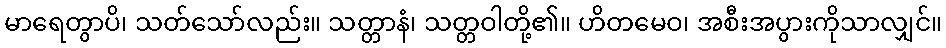
မာရေတွာပိ၊ သတ်သော်လည်း။ သတ္တာနံ၊ သတ္တဝါတို့၏။ ဟိတမေဝ၊ အစီးအပွားကိုသာလျှင်။